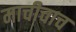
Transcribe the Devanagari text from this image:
माचीचाच